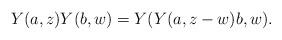
LaTeX: \begin{align*}Y(a,z) Y(b,w) = Y ( Y(a, z-w) b, w).\end{align*}